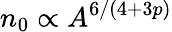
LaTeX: n_{0}\propto A^{6/(4+3p)}